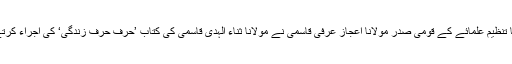
یہ بات آل انڈیا تنظیم علمائے کے قومی صدر مولانا اعجاز عرفی قاسمی نے مولانا ثناء الہدی قاسمی کی کتاب ’حرف حرف زندگی‘ کی اجراء کرتے ہوئے کہی۔